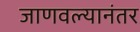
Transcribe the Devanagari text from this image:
जाणवल्यानंतर